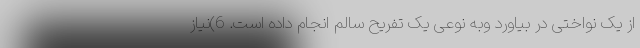
از یک نواختی در بیاورد وبه نوعی یک تفریح سالم انجام داده است. 6)نیاز